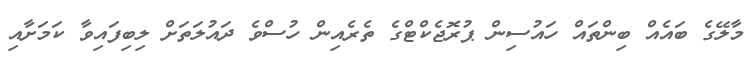
މާލޭގެ ބައެއް ބިންތައް ހައުސިން ޕުރޮޖެކްޓްގެ ތެރެއިން ހުސްވެ ދައުލަތަށް ލިބިފައިވާ ކަމަށާއި